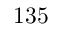
1 3 5